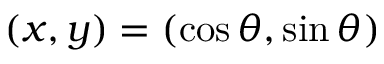
( x , y ) = ( \cos \theta , \sin \theta )